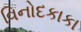
વિનોદકાકા